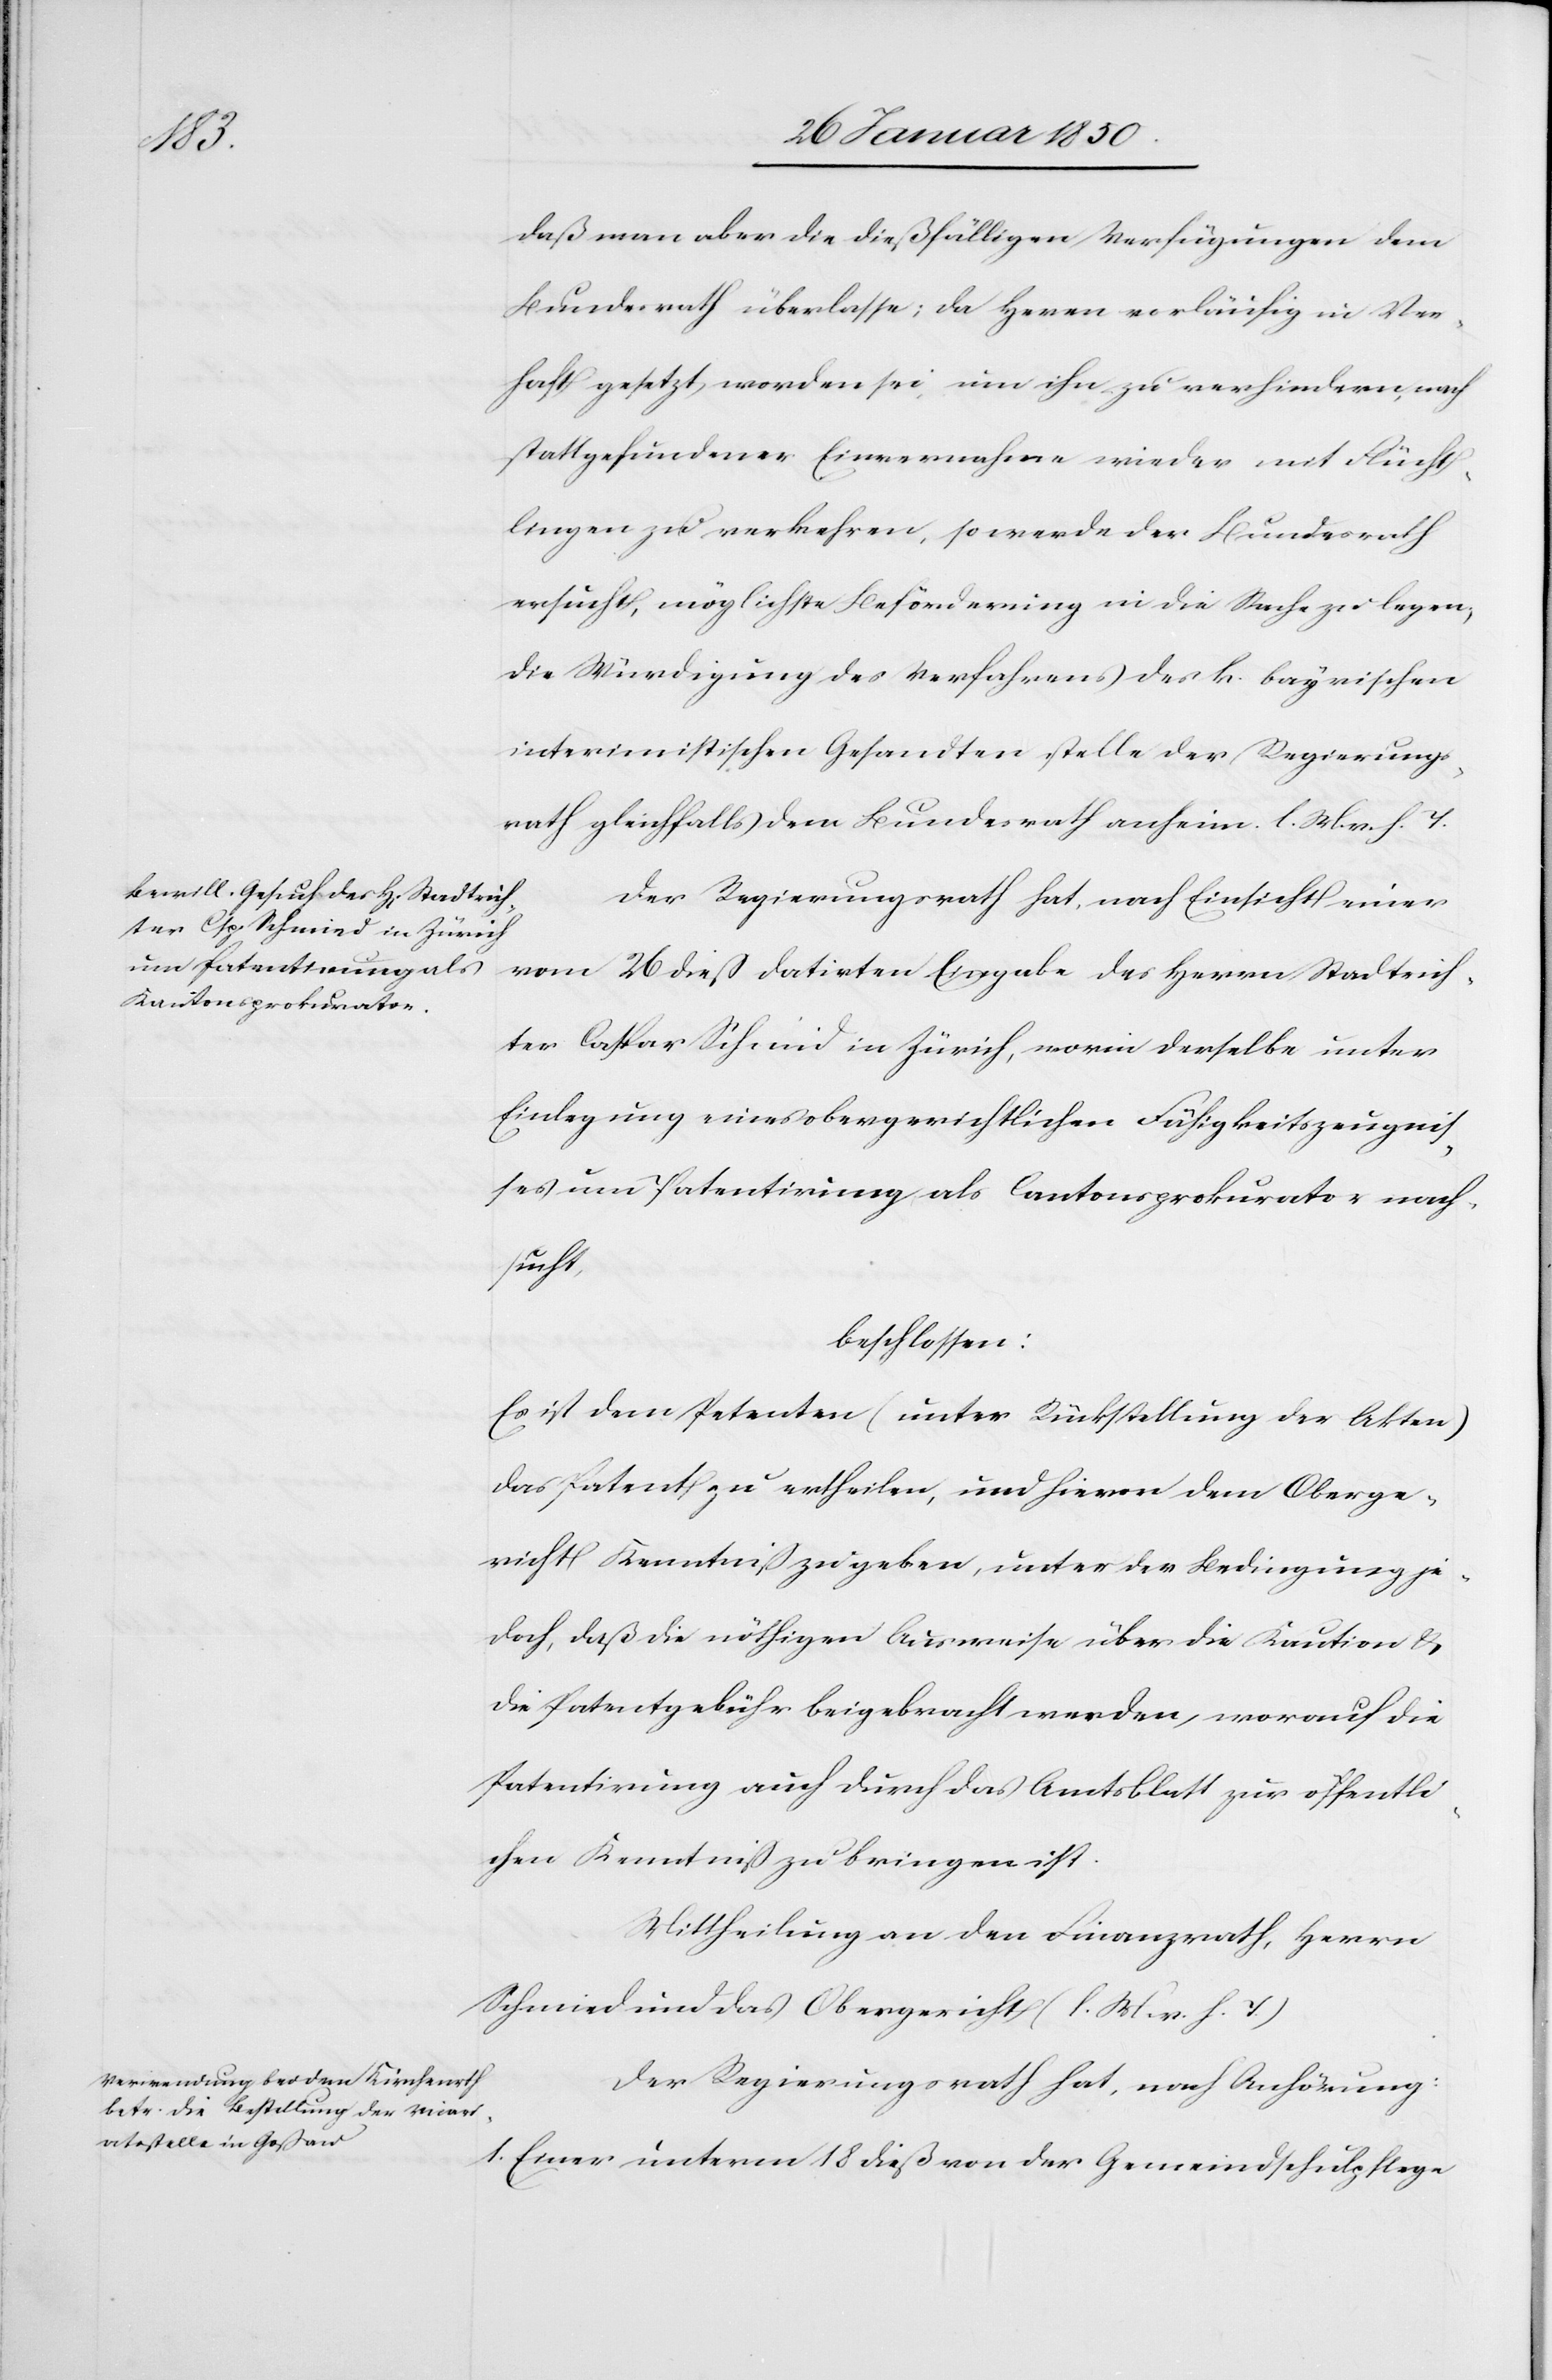
daß man aber die dießfälligen Verfügungen dem
Bundesrath überlasse; da Heren vorläufig in Ver¬
haft gesetzt worden sei, um ihn zu verhindern, nach
stattgefundener Einvernahme wieder mit Flücht¬
lingen zu verkehren, so werde der Bundesrath
ersucht, möglichste Beförderung in die Sache zu legen;
die Würdigung des Verfahrens des k. bayrischen
interimistischen Gesandten stelle der Regierungs¬
rath gleichfalls dem Bundesrath anheim. l. M. v. h. T.
Der Regierunsrath hat nach Einsicht einer
vom 26 dieß datirten Eingabe des Herrn Stadtrich¬
ter Caspar Schmid [sic!] in Zürich, worin derselbe unter
Einlegung eines obergerichtlichen Fähigkeitszeugni¬
ßes um Patentirung als Cantonsprokurator nach¬
sucht,
beschlossen:
Es ist dem Petenten (unter Rückstellung der Akten)
das Patent zu ertheilen, und hievon dem Oberge¬
richt Kenntniß zu geben, unter der Bedingung je¬
doch, daß die nöthigen Ausweise über die Kaution u.
die Patentgebühr beigebracht werden, worauf die
Patentirung auch durch das Amtsblatt zur öffentli¬
chen Kenntniß zu bringen ist.
Der Regierungsrath hat, nach Anhörung:
1. Einer unterm 18 dieß von der Gemeindschulpflege